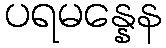
ပရမန္နေန